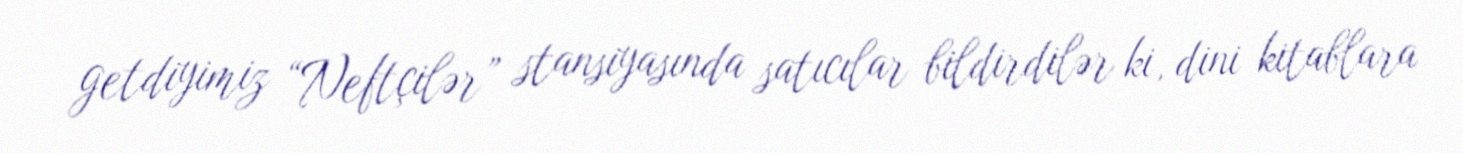
getdiyimiz “Neftçilər” stansiyasında satıcılar bildirdilər ki, dini kitablara